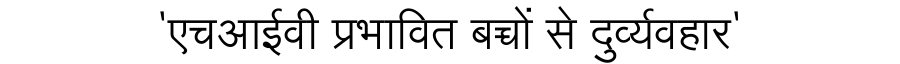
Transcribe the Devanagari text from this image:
'एचआईवी प्रभावित बच्चों से दुर्व्यवहार'